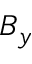
B _ { y }